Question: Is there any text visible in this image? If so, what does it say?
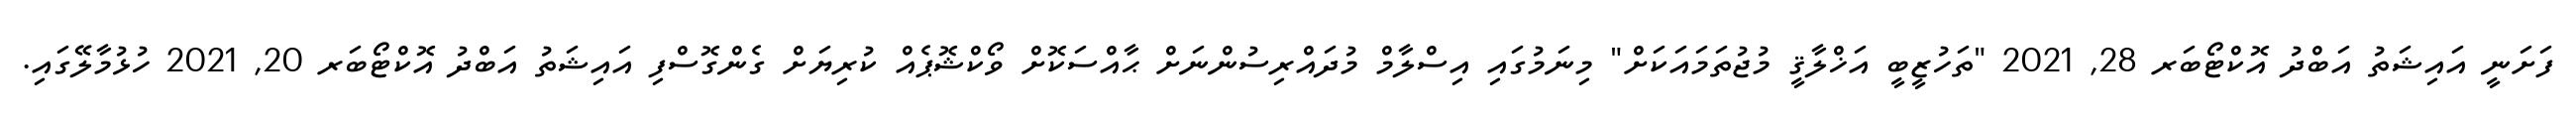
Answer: ފަށަނީ އައިޝަތު އަބްދު އޮކްޓޯބަރ 28, 2021 "ތަހުޒީބީ އަޚްލާޤީ މުޖުތަމައަކަށް" މިނަމުގައި އިސްލާމް މުދައްރިސުންނަށް ޙާއްސަކޮށް ވޯކްޝޮޕެއް ކުރިޔަށް ގެންގޮސްފި އައިޝަތު އަބްދު އޮކްޓޯބަރ 20, 2021 ހުޅުމާލޭގައި.